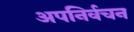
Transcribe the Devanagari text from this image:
अपनिर्वचन